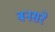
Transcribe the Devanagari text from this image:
बनसरे